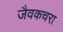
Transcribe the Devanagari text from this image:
जैवकचरा